system: You are a helpful assistant.
user:
Analyze the provided spectrum to determine if it is a **Carbon Star (C-type)**.

- **Key Visual Indicators of Carbon Star:**
    - **(Primary):** Strong molecular absorption from **C₂ (diatomic carbon) "Swan Bands."** This is the **defining feature** of a carbon star.
        - **(Key Bandheads):** Sharp absorption edges are visible at approximately $5635$ Å, $5165$ Å (the strongest band), and $4737$ Å.
        - **(Line Profile):** Creates a distinct **"saw-tooth"** pattern. The key morphology is a sharp, steep bandhead on the **red (long-wavelength) side**, which then gradually tapers off (i.e., flux recovers) towards the **blue (short-wavelength) side**. *(This is the direct opposite of the TiO bands seen in M-type stars)*.

    - **(Secondary):** Intense **CN (cyanogen)** molecular absorption bands.
        - **(Key Bandheads):** Located in the blue and violet regions of the spectrum (e.g., near $4215$ Å and $3883$ Å).
        - **(Morphology):** These bands are extremely broad and act as a "blanket," absorbing the vast majority of blue and violet light. This creates a characteristic **"cliff"** or **"steep drop-off"** in the spectrum's flux at short wavelengths.

    - **(Key Confirmation):** Strong **CH absorption band (G-band)**.
        - **(Key Bandhead):** Located around $4300$ Å. The contribution from CH molecules to this band is exceptionally strong.

    - **(Overall Spectrum):**
        - The continuum is severely "chopped up" by these deep molecular bands, especially C₂, rather than appearing as a smooth curve.
        - Due to the heavy CN and C₂ absorption in the blue-green, the vast majority of the star's flux is concentrated in the red part of the spectrum, giving the star its characteristic deep red color.

Think first, call **spectral_visualization_tool** if needed to examine features in detail, then provide your final answer. Your response must adhere to the following strict rules:
1.  **Overall Structure:** Your response must follow the format `<think>...</think> <tool_call>...</tool_call> (if a tool is used) <answer>...</answer>`.
2.  **Tool Usage Constraint:** You may only make **one** tool call per turn.
3.  **Final Answer Format:** In the `<answer>` tag, your conclusion must be inside a `\boxed{}` command (e.g., `\boxed{YES}`), followed by your justification.

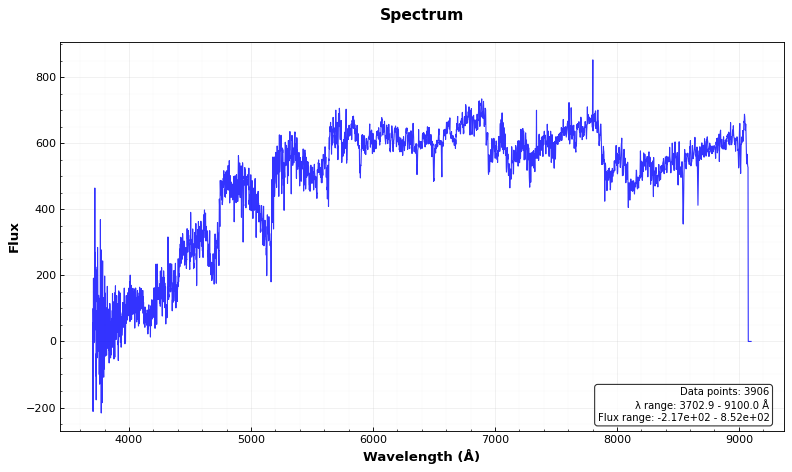
Answer: YES